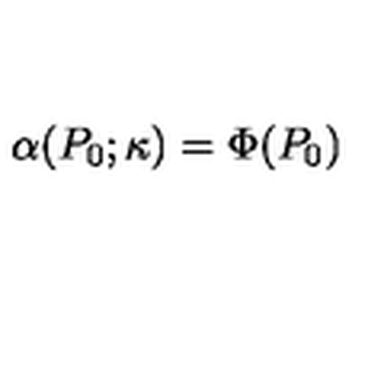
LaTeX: \alpha ( P _ { 0 } ; \kappa ) = \Phi ( P _ { 0 } )